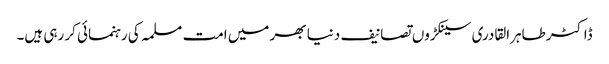
ڈاکٹر طاہرالقادری سینکڑوں تصانیف دنیا بھر میں امت مسلمہ کی رہنمائی کر رہی ہیں۔